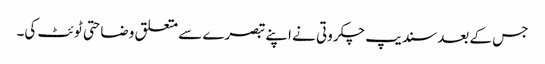
جس کے بعد سندیپ چکروتی نے اپنے تبصرے سے متعلق وضاحتی ٹوئٹ کی۔